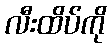
လီးထိပ်ကို